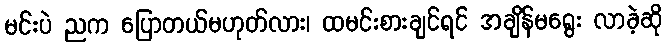
မင်းပဲ ညက ပြောတယ်မဟုတ်လား၊ ထမင်းစားချင်ရင် အချိန်မရွေး လာခဲ့ဆို